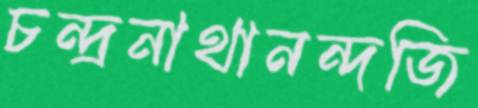
চন্দ্রনাথানন্দজি